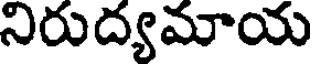
నిరుద్యమాయ